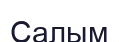
Салым